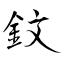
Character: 鈫